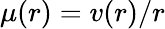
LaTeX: \mu(r)=v(r)/r